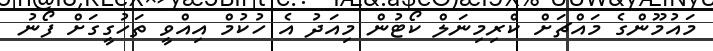
މައުމޫންގެ މައްޗަށް ކްރިމިނަލް ކޯޓުން މިއަދު އެ ހުކުމް އިއްވީ ތަހުގީގަށް ފޯނު